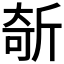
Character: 𣂦